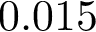
0 . 0 1 5